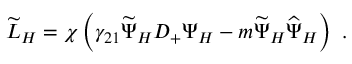
\widetilde { \cal L } _ { H } = \chi \left( \gamma _ { 2 1 } \widetilde { \Psi } _ { H } { \cal D } _ { + } \Psi _ { H } - m \widetilde { \Psi } _ { H } \widehat { \Psi } _ { H } \right) ~ .